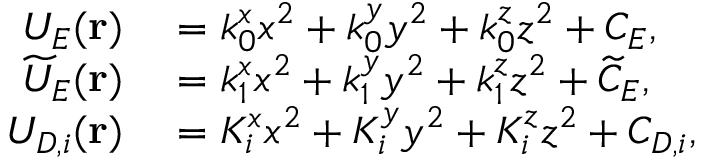
\begin{array} { r l } { U _ { E } ( \mathbf { r } ) } & { { } = k _ { 0 } ^ { x } x ^ { 2 } + k _ { 0 } ^ { y } y ^ { 2 } + k _ { 0 } ^ { z } z ^ { 2 } + C _ { E } , } \\ { \widetilde { U } _ { E } ( \mathbf { r } ) } & { { } = k _ { 1 } ^ { x } x ^ { 2 } + k _ { 1 } ^ { y } y ^ { 2 } + k _ { 1 } ^ { z } z ^ { 2 } + \widetilde { C } _ { E } , } \\ { U _ { D , i } ( \mathbf { r } ) } & { { } = K _ { i } ^ { x } x ^ { 2 } + K _ { i } ^ { y } y ^ { 2 } + K _ { i } ^ { z } z ^ { 2 } + C _ { D , i } , } \end{array}